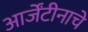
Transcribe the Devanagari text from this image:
आर्जेंटीनाचे